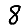
Digit: 8